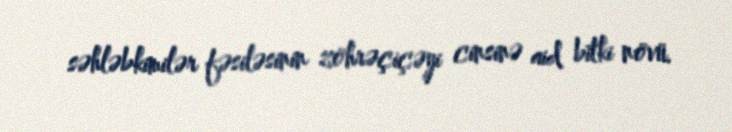
səhləbkimilər fəsiləsinin zöhrəçiçəyi cinsinə aid bitki növü.